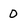
Character: O